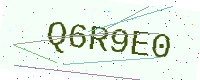
Text: Q6R9E0